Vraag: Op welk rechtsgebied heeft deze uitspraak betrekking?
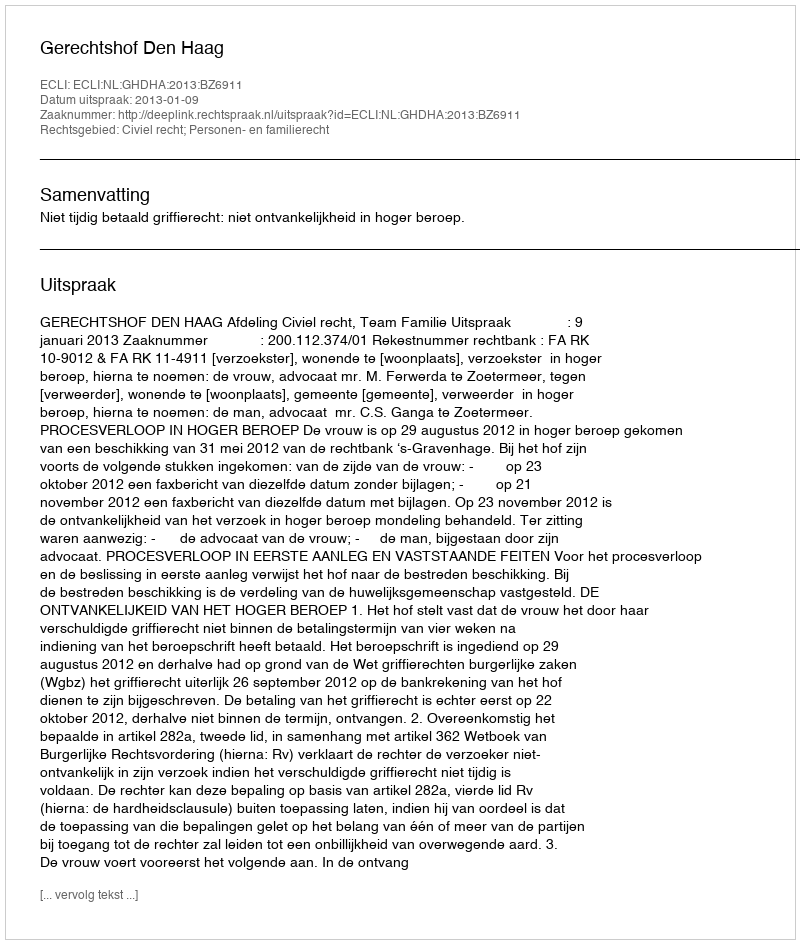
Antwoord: Civiel recht; Personen- en familierecht